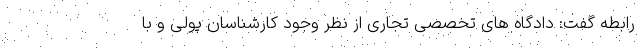
رابطه گفت: دادگاه های تخصصی تجاری از نظر وجود کارشناسان پولی و با